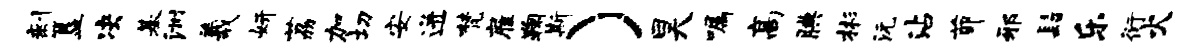
剩簋决基洲羲妍荔加切安迸梵雇鞠斯）昊嘱高腆彬沅沾茆邪髫乐衍火